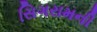
સિગરામની